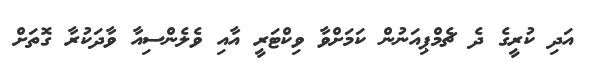
އަދި ކުރީގެ ދެ ޗެމްޕިއަނުން ކަމަށްވާ ވިކްޓަރީ އާއި ވެލެންސިއާ ވާދަކުރާ ގޮތަށް